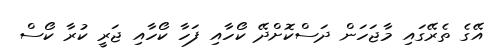
އޭގެ ތެރޭގައި މާޖަހަން ދަސްކޮށްދޭ ކޯހާއި ފަހާ ކޯހާއި ޖަރީ ކުރާ ކޯސް